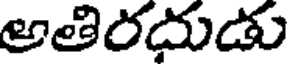
అతిరదుడు